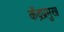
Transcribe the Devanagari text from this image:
केंद्रप्रमुख